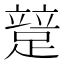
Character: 𨃱